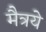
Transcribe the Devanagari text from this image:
मैत्रये